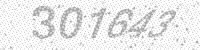
Solution: 301643